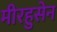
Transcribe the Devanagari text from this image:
मीरहुसेन